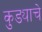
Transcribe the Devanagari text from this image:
कुड्याचे